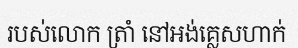
របស់លោក ត្រាំ នៅអង់គ្លេសហាក់